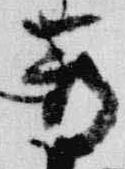
尊